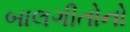
બાલગીતોનો